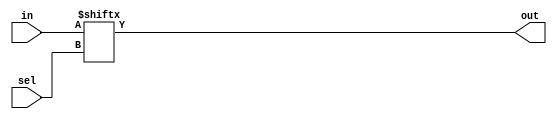
//2022_10_30 kerong
//256-to-1 multiplexer
module top_module( 
    input [255:0] in,
    input [7:0] sel,
    output out );

assign out = in[sel];

endmodule